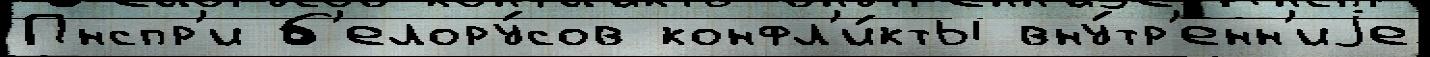
Пнспр'и б'елору́сов конфл'и́кты вну́тр'енн'иjе